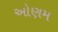
ઓણમ